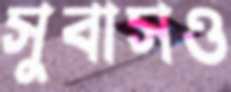
সুবাসও